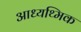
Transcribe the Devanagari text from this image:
आध्यथ्मिक